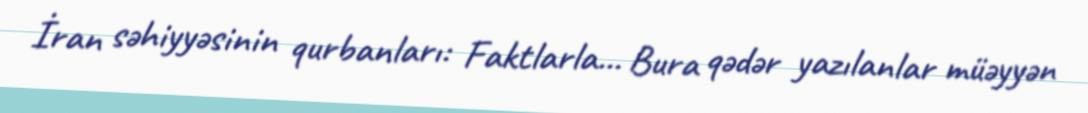
İran səhiyyəsinin qurbanları: Faktlarla... Bura qədər yazılanlar müəyyən